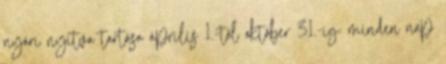
nyári nyitva tartása április 1.-től október 31.-ig: minden nap